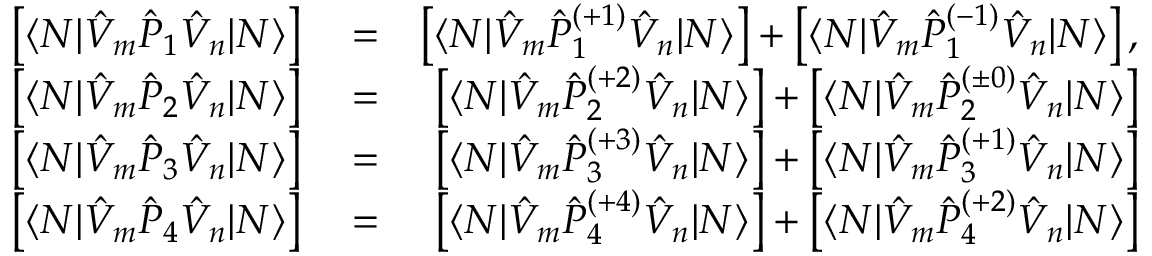
\begin{array} { r l r } { \left[ \langle N | \hat { V } _ { m } \hat { P } _ { 1 } \hat { V } _ { n } | N \rangle \right] } & { { } = } & { \left[ \langle N | \hat { V } _ { m } \hat { P } _ { 1 } ^ { ( + 1 ) } \hat { V } _ { n } | N \rangle \right] + \left[ \langle N | \hat { V } _ { m } \hat { P } _ { 1 } ^ { ( - 1 ) } \hat { V } _ { n } | N \rangle \right] , } \\ { \left[ \langle N | \hat { V } _ { m } \hat { P } _ { 2 } \hat { V } _ { n } | N \rangle \right] } & { { } = } & { \left[ \langle N | \hat { V } _ { m } \hat { P } _ { 2 } ^ { ( + 2 ) } \hat { V } _ { n } | N \rangle \right] + \left[ \langle N | \hat { V } _ { m } \hat { P } _ { 2 } ^ { ( \pm 0 ) } \hat { V } _ { n } | N \rangle \right] } \\ { \left[ \langle N | \hat { V } _ { m } \hat { P } _ { 3 } \hat { V } _ { n } | N \rangle \right] } & { { } = } & { \left[ \langle N | \hat { V } _ { m } \hat { P } _ { 3 } ^ { ( + 3 ) } \hat { V } _ { n } | N \rangle \right] + \left[ \langle N | \hat { V } _ { m } \hat { P } _ { 3 } ^ { ( + 1 ) } \hat { V } _ { n } | N \rangle \right] } \\ { \left[ \langle N | \hat { V } _ { m } \hat { P } _ { 4 } \hat { V } _ { n } | N \rangle \right] } & { { } = } & { \left[ \langle N | \hat { V } _ { m } \hat { P } _ { 4 } ^ { ( + 4 ) } \hat { V } _ { n } | N \rangle \right] + \left[ \langle N | \hat { V } _ { m } \hat { P } _ { 4 } ^ { ( + 2 ) } \hat { V } _ { n } | N \rangle \right] } \end{array}